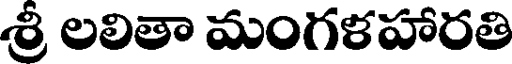
శ్రీ లలితా మంగళహారతి